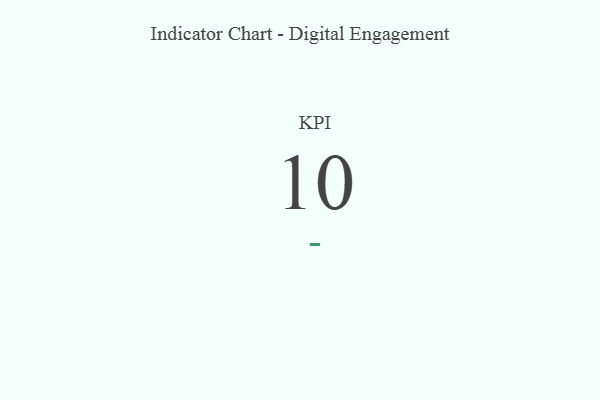
{"axis": {"x": "KPI", "y": "Value"}, "legend": [""], "data": [{"x": "KPI", "y": 10, "type": ""}]}